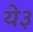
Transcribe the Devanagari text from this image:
ये३